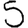
Digit: 5